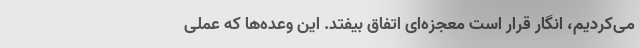
می‌کردیم، انگار قرار است معجزه‌ای اتفاق بیفتد. این وعده‌ها که عملی